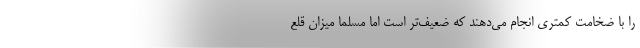
را با ضخامت کمتری انجام می‌دهند که ضعیف‌تر است اما مسلما میزان قلع